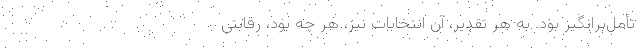
تأمل‌برانگیز بود. به هر تقدیر، آن انتخابات نیز، هر چه بود، رقابتی